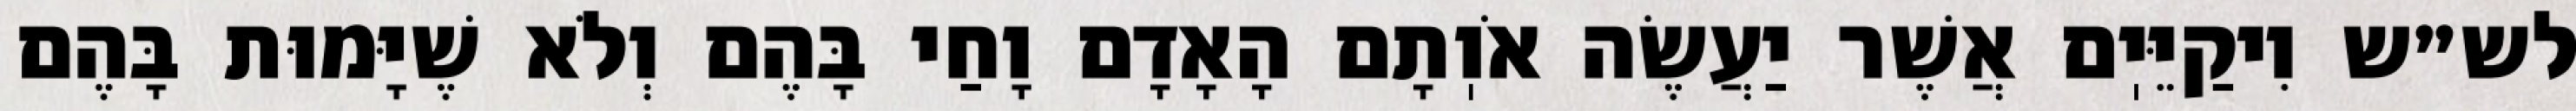
לש״ש וִיקַיֵּיֽם אֲשֶׁר יַעֲשֶׂה אֹוֽתָם הָאָדָם וָחַי בָּהֶם וְלֹא שֶׁיָּמוּת בָּהֶם